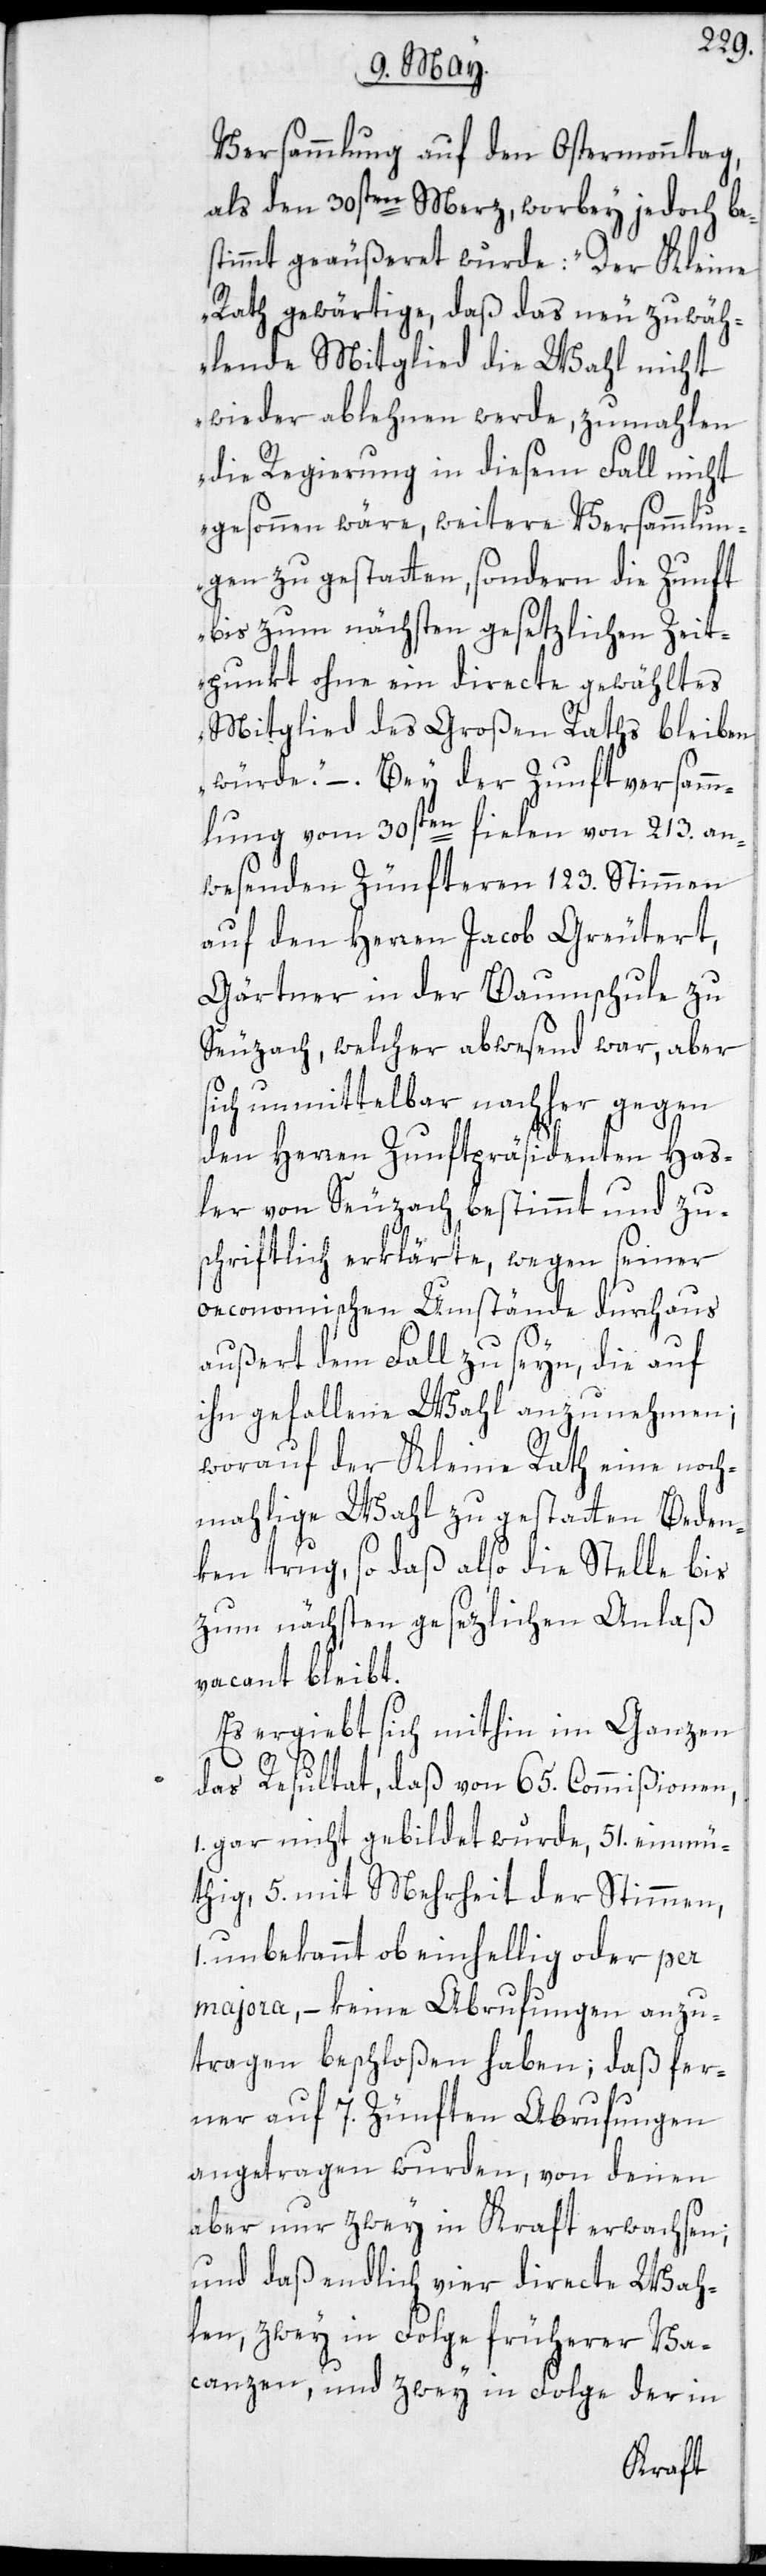
Versammlung auf den Ostermonntag,
als den 30sten Merz, worbey jedoch be¬
stimmt geäußeret wurde: „Der Kleine
Rath gewärtige, daß das neu zu wäh¬
lende Mitglied die Wahl nicht
wieder ablehnen werde, zumahlen
die Regierung in diesem Fall nicht
gesonnen wäre, weitere Versammlun¬
gen zu gestatten, sondern die Zunft
bis zum nächsten gesetzlichen Zeit¬
punkt ohne ein directe gewähltes
Mitglied des Großen Raths bleiben
würde“. – Bey der Zunftversamm¬
lung vom 30sten fielen von 213. an¬
wesenden Zünfteren 123. Stimmen
auf den Herren Jacob Greutert,
Gärtner in der Baumschule zu
Seuzach, welcher abwesend war, aber
sich unmittelbar nachher gegen
den Herren Zunftpräsidenten Has¬
ler von Seuzach bestimmt und zu¬
schriftlich erklärte, wegen seiner
oeconomischen Umstände durchaus
außert dem Fall zu seyn, die auf
ihn gefallene Wahl anzunehmen;
worauf der Kleine Rath eine noch¬
mahlige Wahl zu gestatten Beden¬
ken trug, so daß also die Stelle bis
zum nächsten gesezlichen Anlaß
vacant bleibt.
Es ergiebt sich mithin im Ganzen
das Resultat, daß von 65. Commißionen,
1. gar nicht gebildet wurde, 51. einmü¬
thig, 5. mit Mehrheit der Stimmen,
unbekannt ob einhellig oder per
majora, – keine Abrufungen anzu¬
tragen beschloßen haben; daß fer¬
ner auf 7. Zünften Abrufungen
angetragen wurden, von denen
aber nur zwey in Kraft erwachsen;
und daß endlich vier directe Wah¬
len, zwey in Folge früherer Va¬
canzen, und zwey in Folge der in